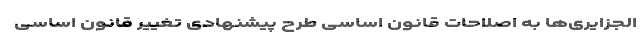
الجزایری‌ها به اصلاحات قانون اساسی طرح پیشنهادی تغییر قانون اساسی